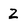
Character: 2